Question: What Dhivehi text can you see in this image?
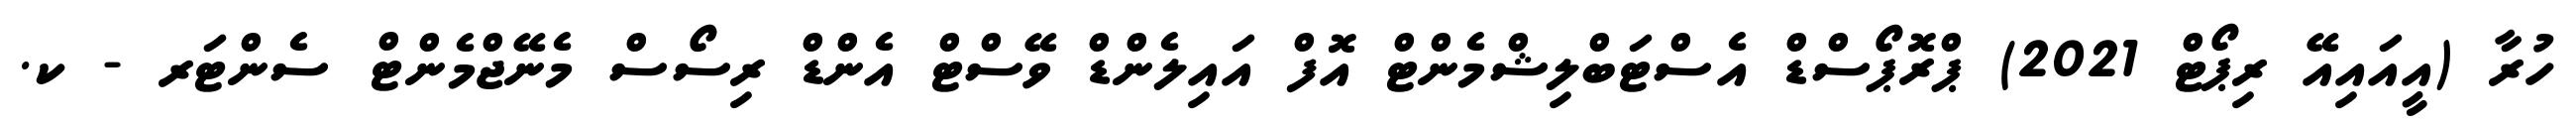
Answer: ހުރާ (އީއައިއޭ ރިޕޯޓް 2021) ޕްރޮޕޯސްޑް އެސްޓަބްލިޝްމެންޓް އޮފް އައިލެންޑް ވޭސްޓް އެންޑް ރިސޯސް މެނޭޖްމެންޓް ސެންޓަރ - ކ.